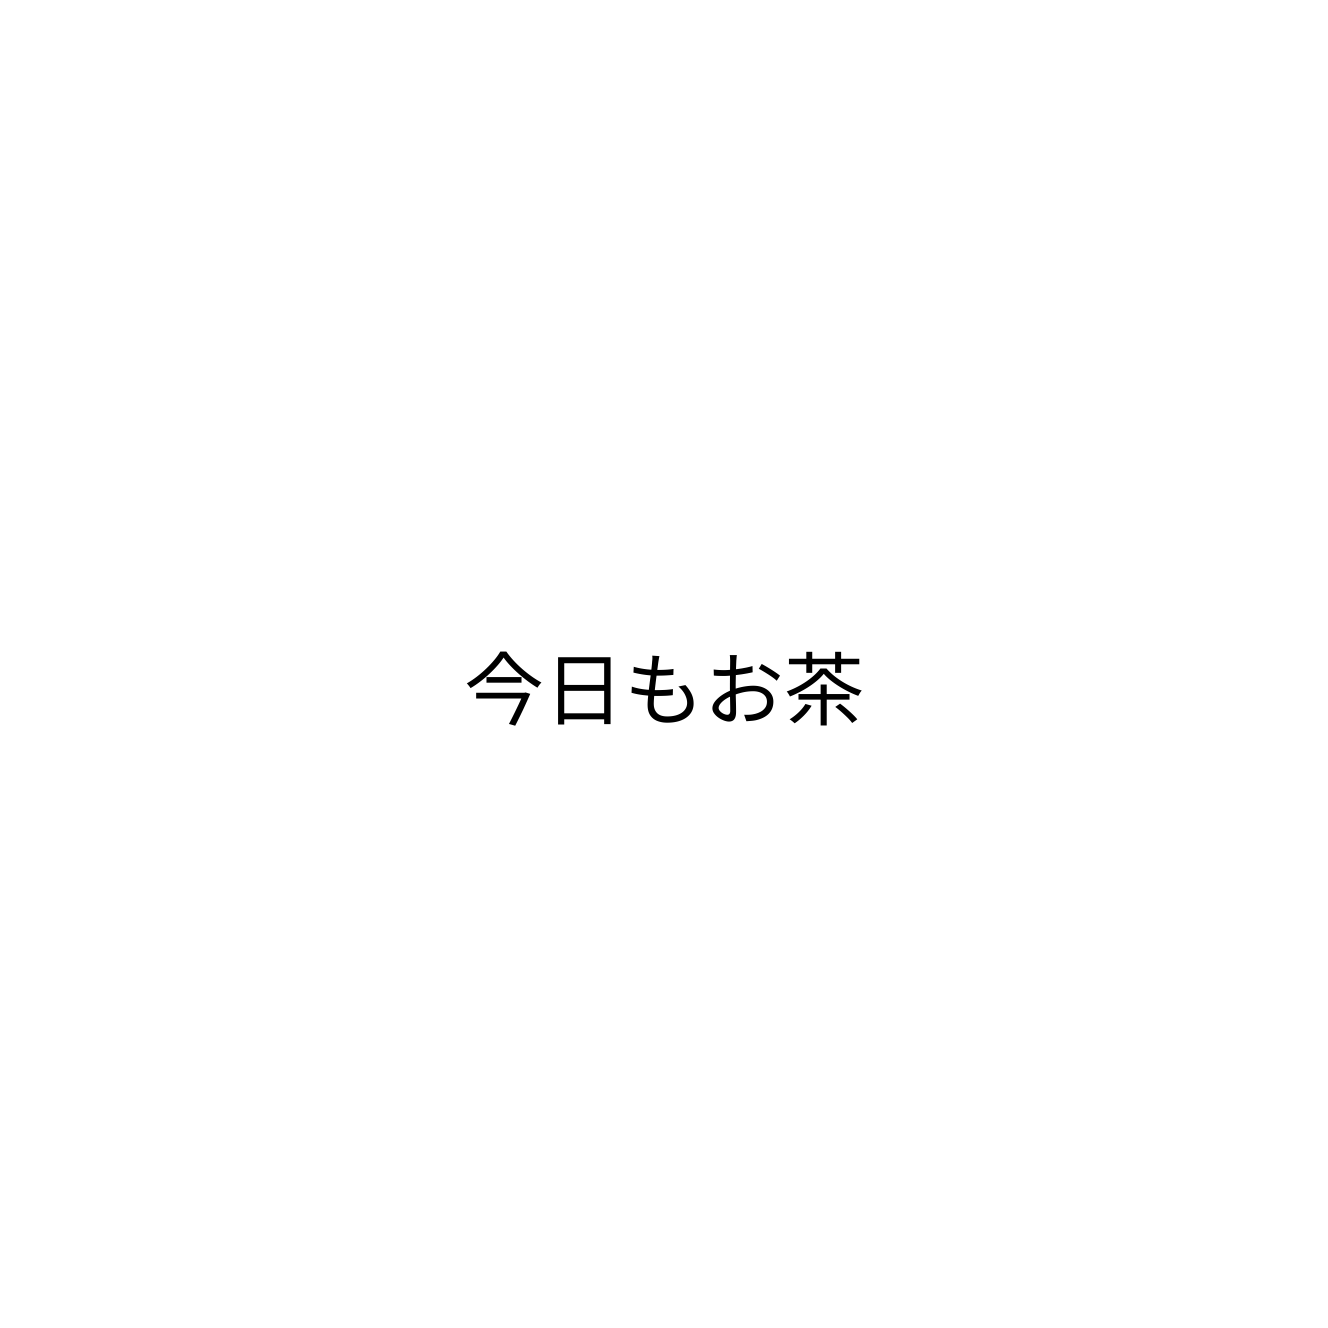
今日もお茶